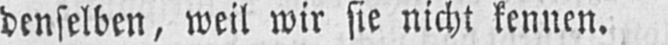
denselben, weil wir sie nicht kennen.